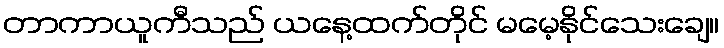
တာကာယူကီသည် ယနေ့ထက်တိုင် မမေ့နိုင်သေးချေ။